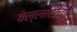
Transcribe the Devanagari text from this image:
बेल्लारीची